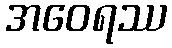
အဝေရဿ